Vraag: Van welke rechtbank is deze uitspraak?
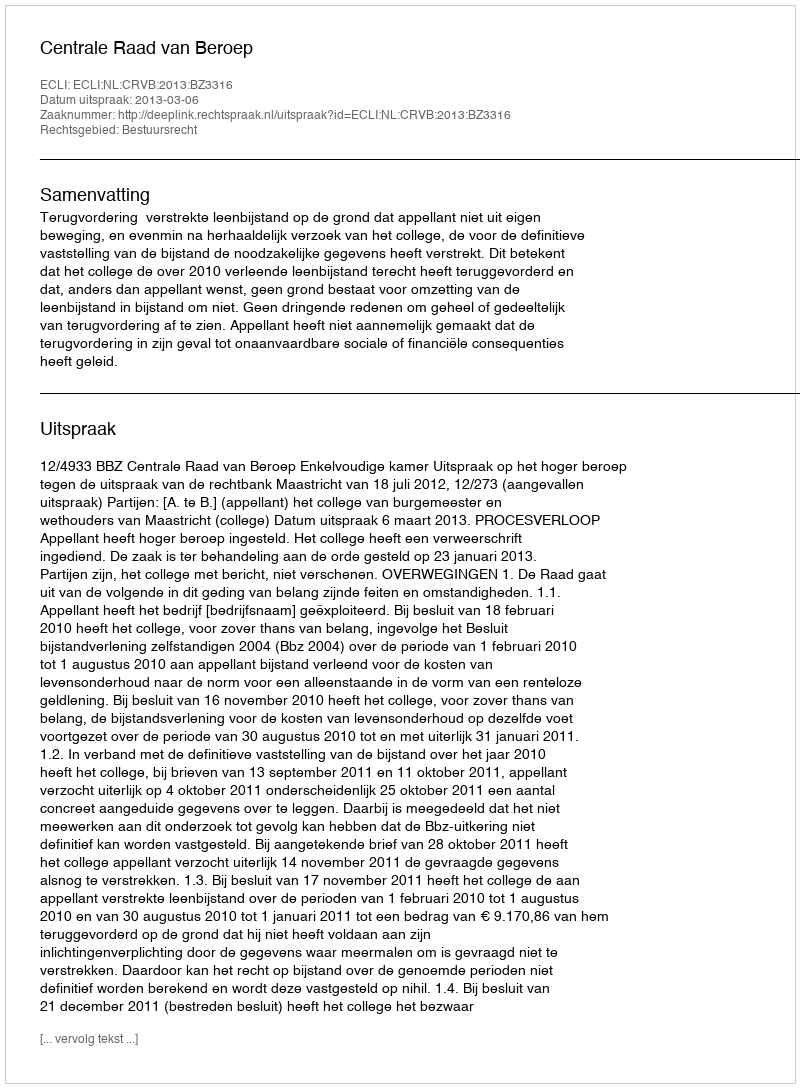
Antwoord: Centrale Raad van Beroep